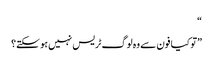
“
”تو کیا فون سے وہ لوگ ٹریس نہیں ہو سکتے؟